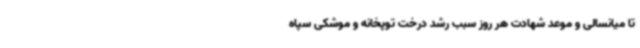
تا میانسالی و موعد شهادت هر روز سبب رشد درخت توپخانه و موشکی سپاه